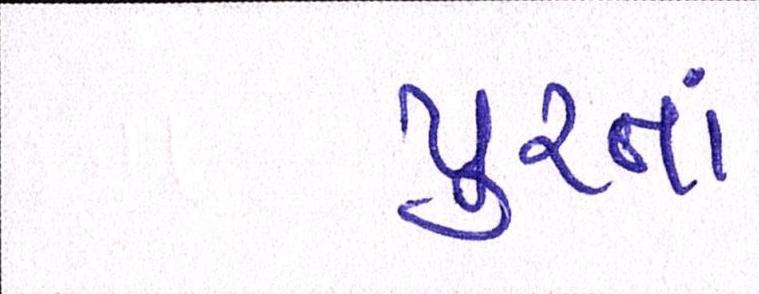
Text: પુરતાં